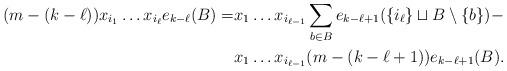
LaTeX: \begin{align*}(m-(k-\ell))x_{i_1}\ldots x_{i_\ell} e_{k-\ell}(B)=&x_1\ldots x_{i_{\ell-1}}\sum_{b \in B} e_{k-\ell+1}(\{i_\ell\}\sqcup B\setminus \{b\})-\\&x_1\ldots x_{i_{\ell-1}}(m-(k-\ell+1))e_{k-\ell+1}(B).\end{align*}